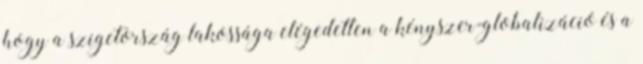
hogy a szigetország lakossága elégedetlen a kényszer-globalizáció és a